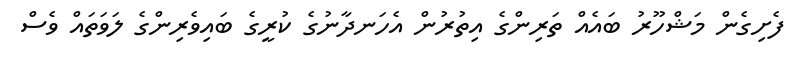
ފެށިގެން މަޝްހޫރު ބައެއް ތަރިންގެ އިތުރުން އެހަނދާނުގެ ކުރީގެ ބައިވެރިންގެ ލަވަތައް ވެސް